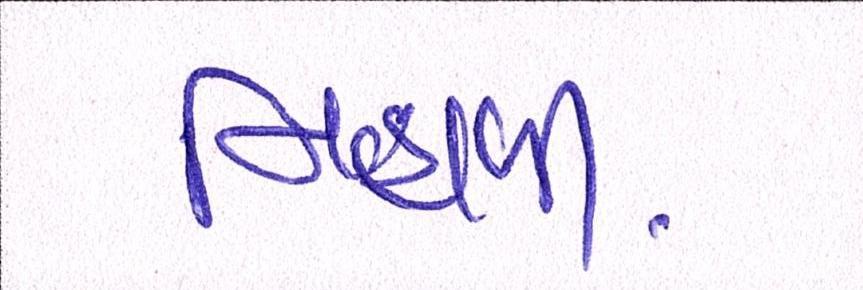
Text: નિહાળી